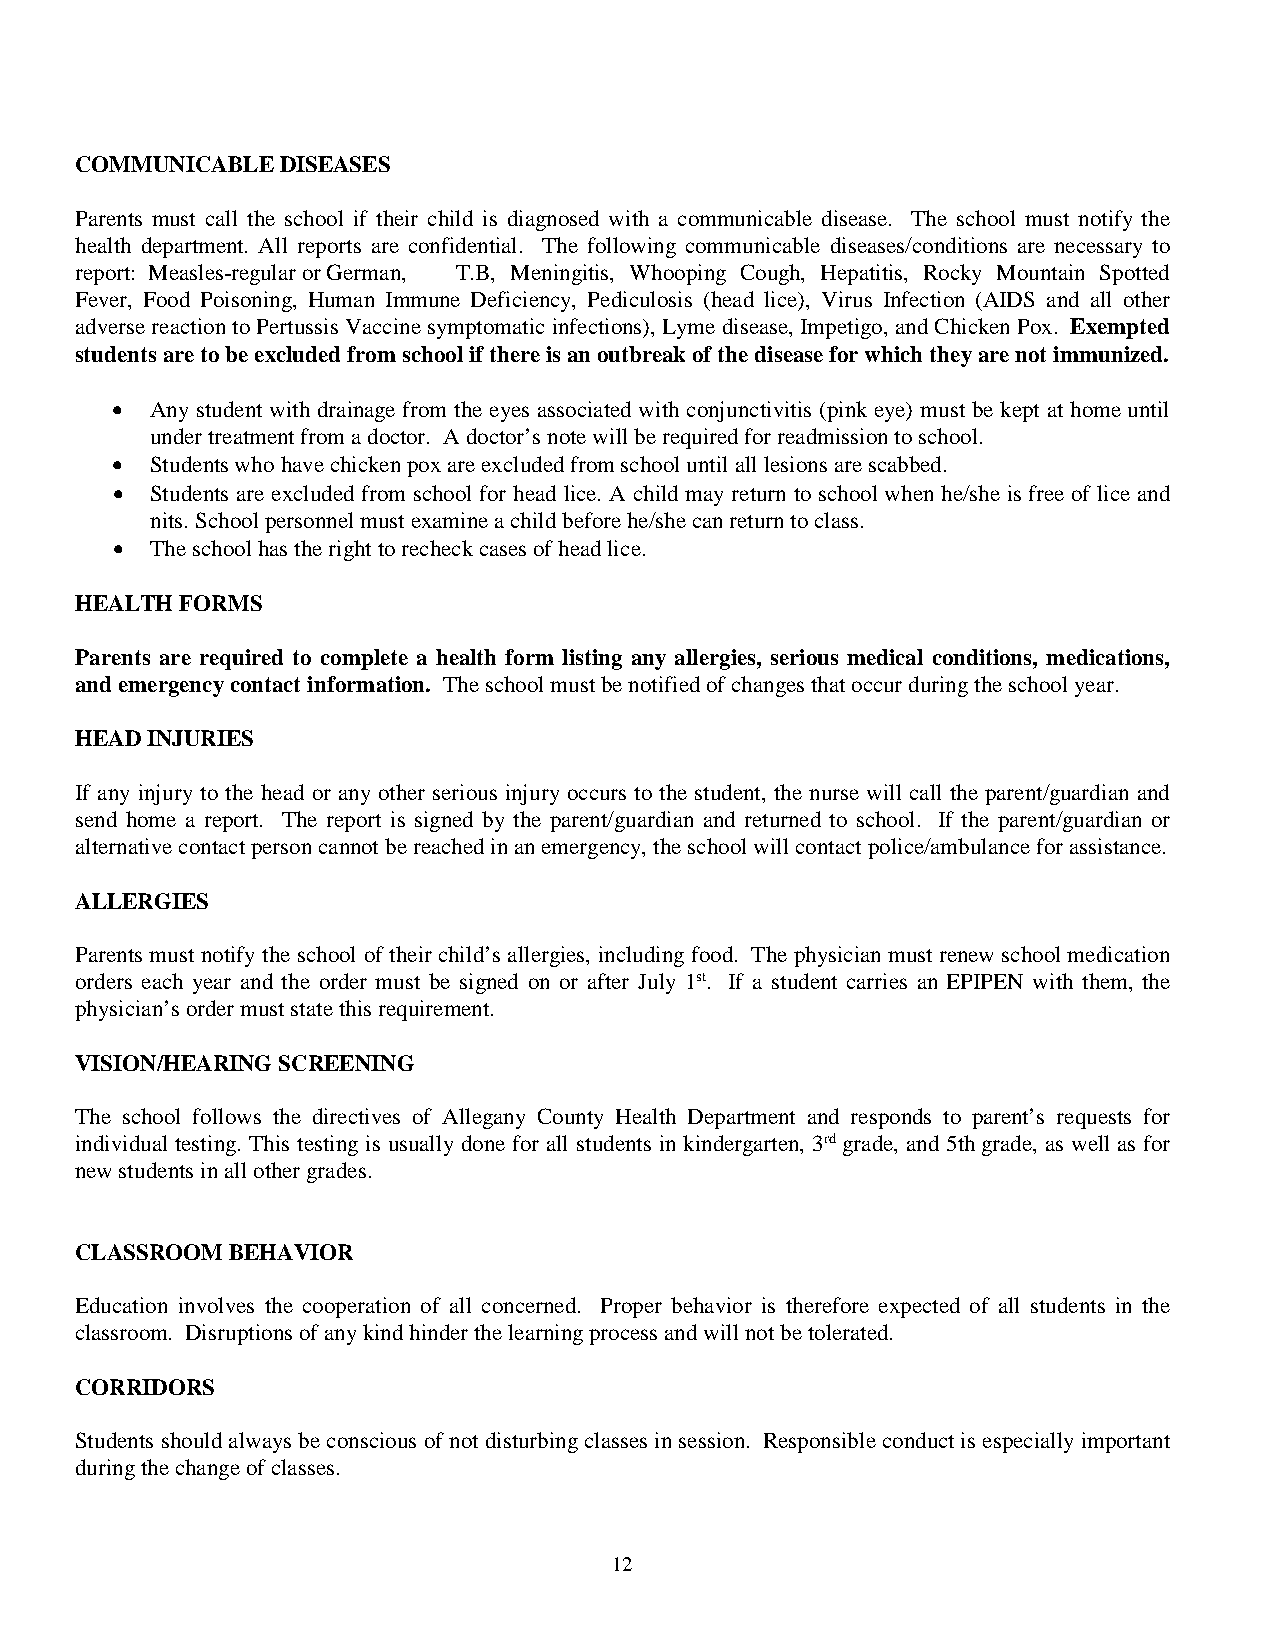
COMMUNICABLE  DISEASES
 Parents must call the school if their child is diagnosed with a communicable disease. The school must notify the
 health department. All reports are confidential. The following communicable diseases/conditions are necessary to
 report: Measles-regular or German, T.B, Meningitis, Whooping Cough, Hepatitis, Rocky Mountain Spotted
 Fever, Food Poisoning, Human Immune Deficiency, Pediculosis (head lice), Virus Infection (AIDS and all other
 adverse reaction to Pertussis Vaccine symptomatic infections), Lyme disease, Impetigo, and Chicken Pox. Exempted
 students are to be excluded from school if there is an outbreak of the disease for which they are not immunized.
 •  Any student with drainage from the eyes associated with conjunctivitis (pink eye) must be kept at home until
 under treatment from a doctor. A doctor’s note will be required for readmission to school.
 •  Students who have chicken pox are excluded from school until all lesions are scabbed.
 •  Students are excluded from school for head lice. A child may return to school when he/she is free of lice and
 nits. School personnel must examine a child before he/she can return to class.
 •  The school has the right to recheck cases of head lice.
 HEALTH FORMS
 Parents are required to complete a health form listing any allergies, serious medical conditions, medications,
 and emergency contact information. The school must be notified of changes that occur during the school year.
 HEAD INJURIES
 If any injury to the head or any other serious injury occurs to the student, the nurse will call the parent/guardian and
 send home a report. The report is signed by the parent/guardian and returned to school. If the parent/guardian or
 alternative contact person cannot be reached in an emergency, the school will contact police/ambulance for assistance.
 ALLERGIES
 Parents must notify the school of their child’s allergies, including food. The physician must renew school medication
 orders each year and the order must be signed on or after July 1st. If a student carries an EPIPEN with them, the
 physician’s order must state this requirement.
 VISION/HEARING SCREENING
 The school follows the directives of Allegany County Health Department and responds to parent’s requests for
 individual testing. This testing is usually done for all students in kindergarten, 3rd grade, and 5th grade, as well as for
 new students in all other grades.
 CLASSROOM BEHAVIOR
 Education involves the cooperation of all concerned. Proper behavior is therefore expected of all students in the
 classroom. Disruptions of any kind hinder the learning process and will not be tolerated.
 CORRIDORS
 Students should always be conscious of not disturbing classes in session. Responsible conduct is especially important
 during the change of classes.
 12